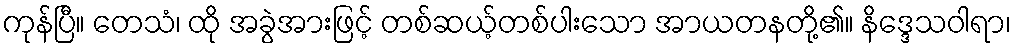
ကုန်ပြီ။ တေသံ၊ ထို အခွဲအားဖြင့် တစ်ဆယ့်တစ်ပါးသော အာယတနတို့၏။ နိဒ္ဒေသဝါရာ၊